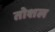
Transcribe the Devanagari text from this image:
तोशल